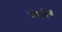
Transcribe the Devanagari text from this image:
बोरहेव